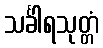
သင်္ခါရသုတ္တံ